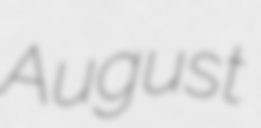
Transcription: August